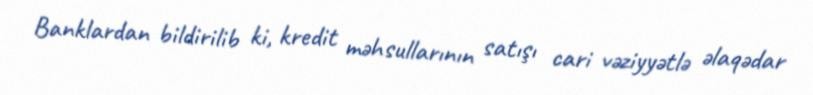
Banklardan bildirilib ki, kredit məhsullarının satışı cari vəziyyətlə əlaqədar